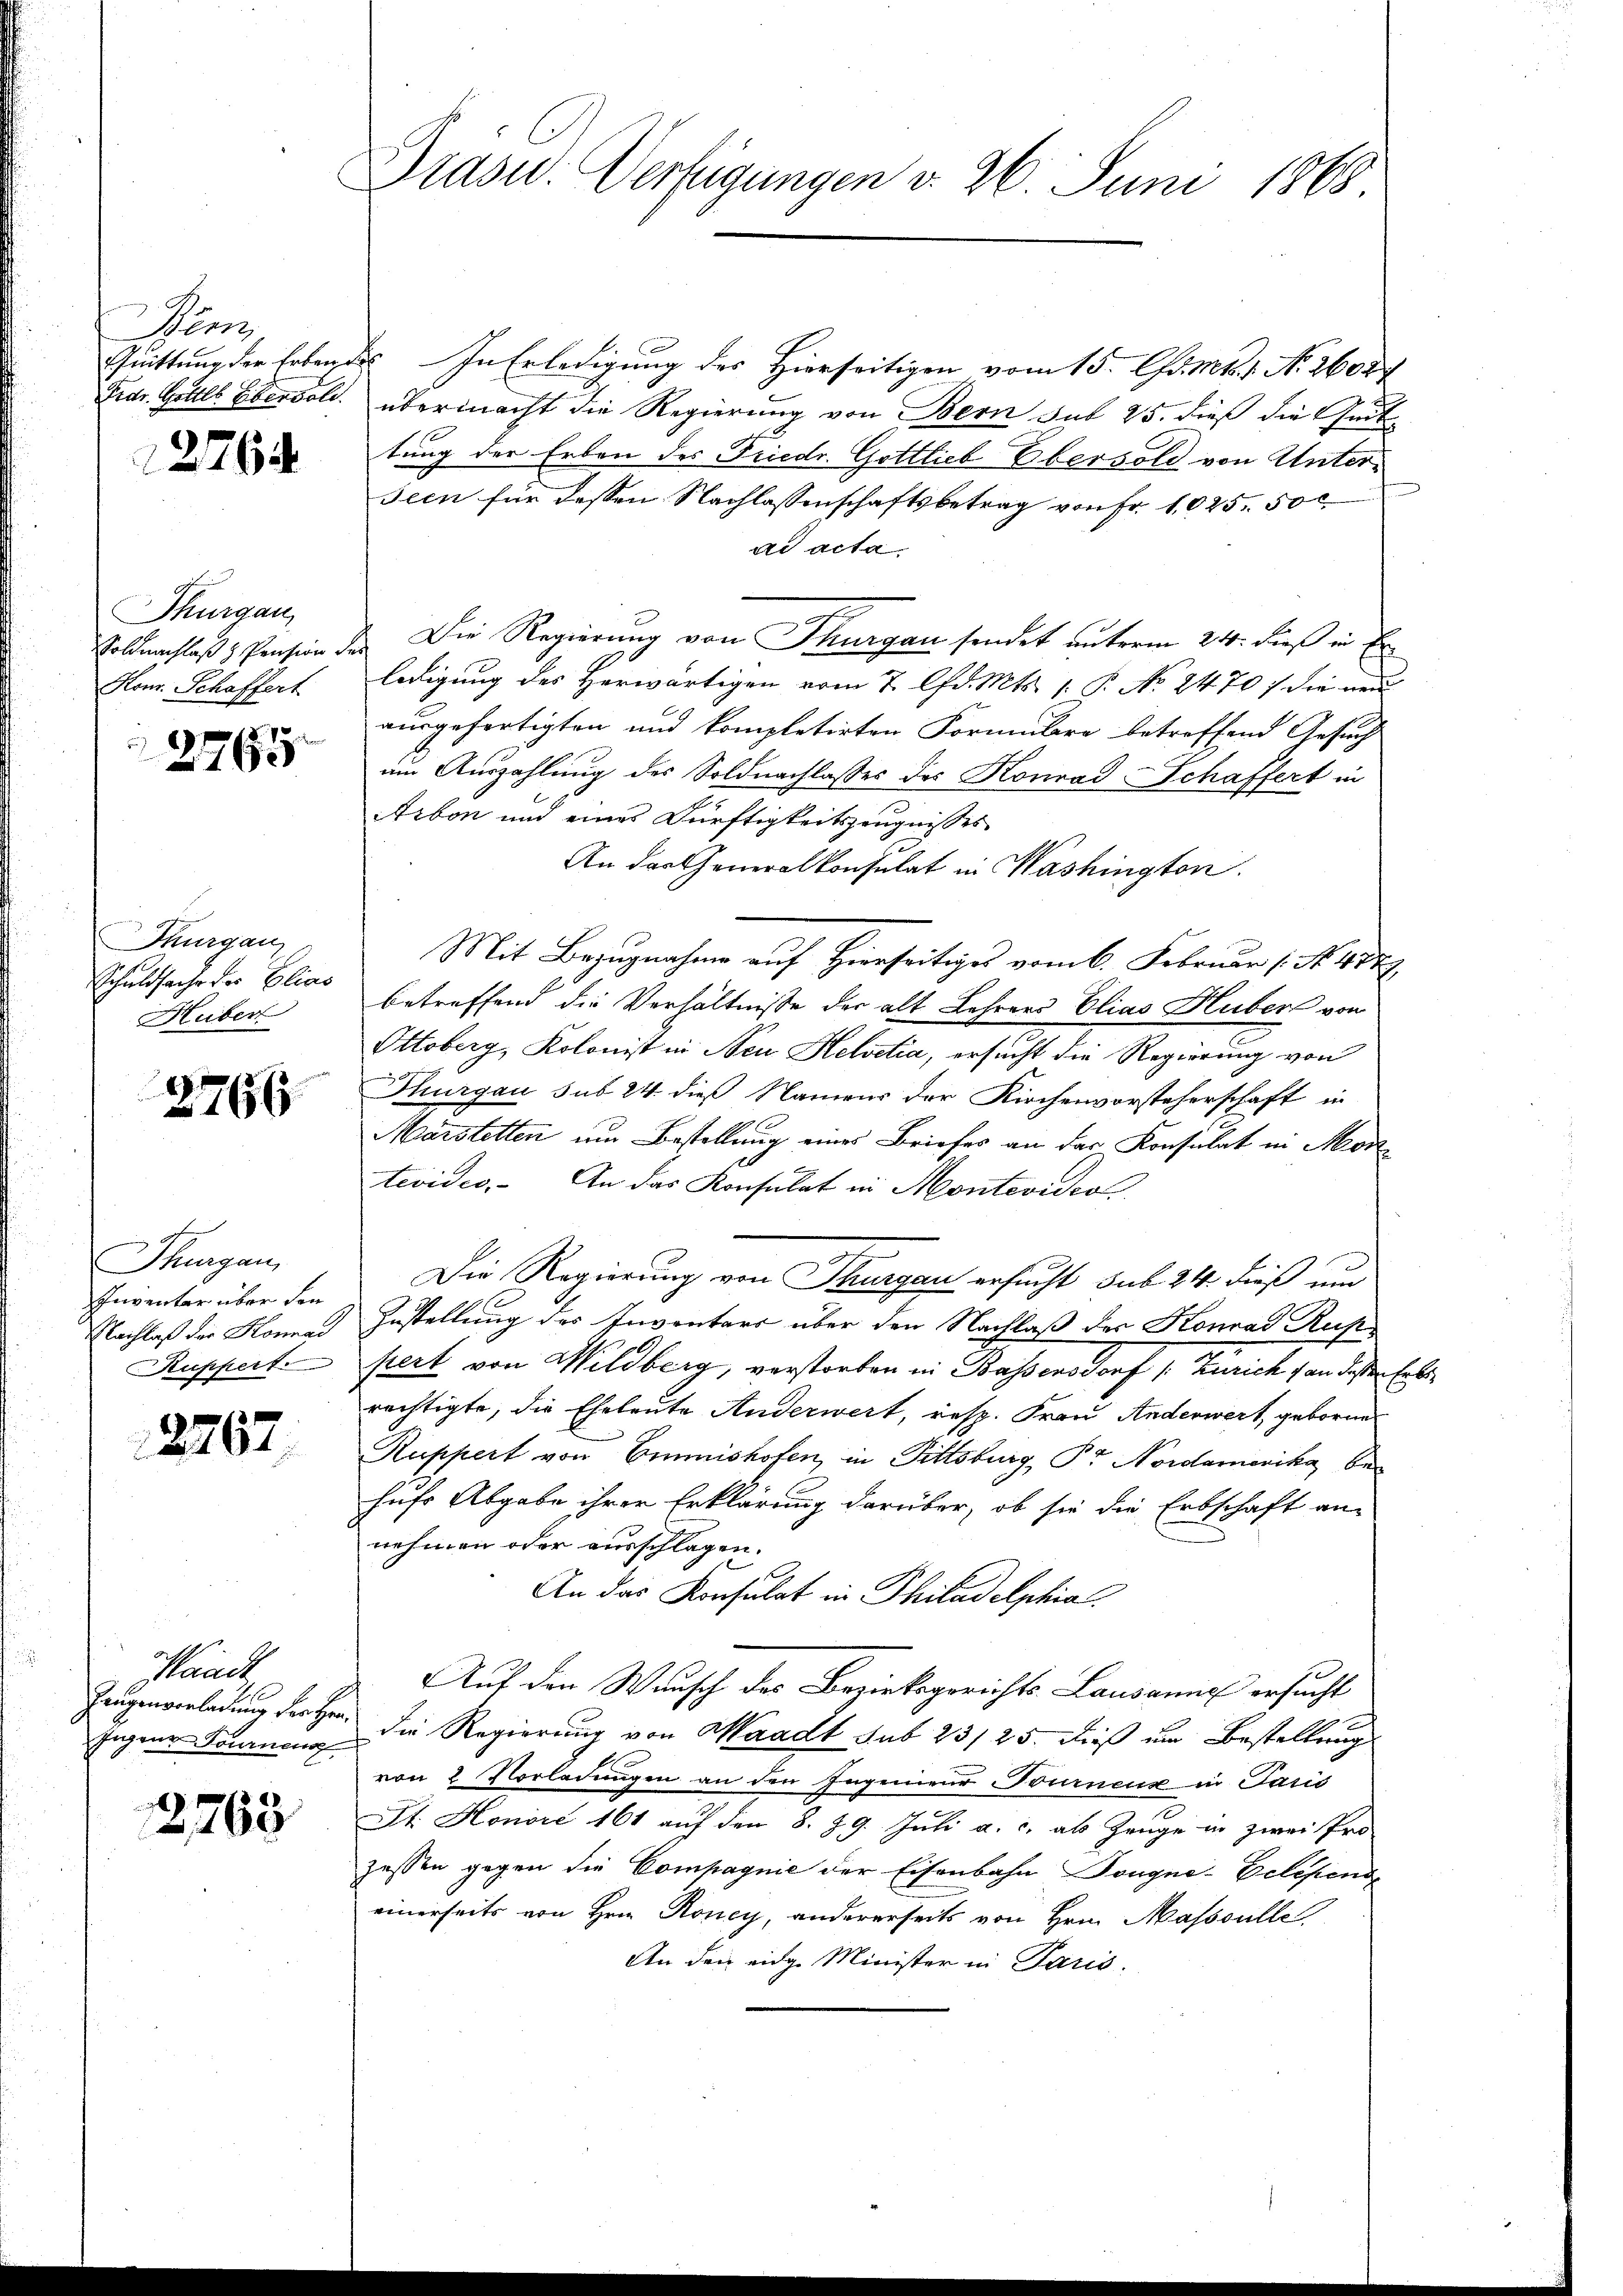
Penz
Fedr. Gottl. Ebervoll

1276

Thurgau,
Soldnachlaß & Pension
Hons. Schaffert

2765

Thurgau
Schuldsache der Elias
Huber

2766.

Thurgau,
Inventar über den
Nachlaß der Konrad
Ruppert.

2767

Waadt
Zeugenvorladung der Herr
Jugene Tournen

g
2763

Drasw. Verfügungen v. 26. Juni 1868

Quittung der Erbendes In Erledigung des Hierseitigen vom 15. Chr. Mts. 1. No. 26029
übermacht die Regierung von Bern sub 25. dieß die Quit
tung der Erben des Friedr. Gottlieb Ebersold von Unterseen für dessen Nachlassenschaftsbetrag von Fr. 1025.50 c
ad acta
1. Die Regierung von Thurgau sendet unterm 24. dieß in Er
ledigung des Herwärtigen vom 7. d. Mts. 1. P. No. 2470 / die neu
ausgefertigten und kompletirten Formulare betroffend Gesuch
um Auszahlung des Soldnachlasses des Konrad Schaffert in
Arbon und eines Dürftigkeitszeugnisses
An der Generalkonsulat in Washington.
Mit Bezugnahme auf Hierseitiges vom 6. Februar (: No 484
betreffend die Verhältnisse der alt Lehrers Elias Huber von
Ottoberg, Kolonist in Neu Helvetia, ersucht die Regierung von
Thurgau sub 24 dieß Namens der Kirchenvorsteherschaft in
Märstetten um Bestellung eines Briefes an der Konsulat in Mortevides. An das Konsulat in Montevideo
Die Regierung von Thurgau ersucht sub 24 dieß um
Zustellung des Inventars über den Nachlaß des Konrad Ruspert von Wildberg, verstorben in Bassens Dorf 1. Zürich von dessen Erlerechtigte, die Eheleute Anderwert, resp. Frau Anderwert, geborne
Ruppert von Emmishofen, in Fittsburg, Pr Nordamerika behufs Abgabe ihrer Erklärung darüber, ob sie die Erbschaft an-
nehmen oder ausschlagen.
An das Konsulat in Philadelphia
Auf den Wunsch des Bezirksgerichts Lausanne ersucht
die Regierung von Waadt sub 23/25. dieß um Bestellung
von 2 Vorladungen an den Ingenieur Fournen in Paris
St. Honore 161 auf den 8. 29. Juli a. c. als Zeuge in zwei Pro
zessen gegen die Compagnie der Eisenbahn Tongne-Eclepende
einerseits von Hrn. Roney, andererseits von Hrn. Masssulle
An den eidge Minister in Paris.